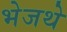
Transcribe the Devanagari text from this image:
भेजथे